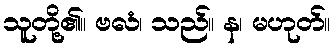
သူတို့၏။ ဗလံ၊ သည်။ န၊ မဟုတ်။